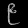
Digit: ၉